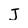
Character: J